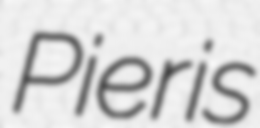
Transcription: Pieris